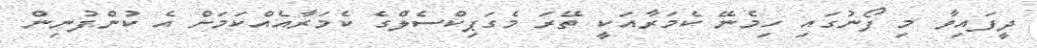
ދީފައިވާ މި ފޯނުގައި ހިމެނޭ ކެމަރާއަކީ ތޭރަ މެގަޕިކްސެލްގެ ކެމަރާއެއްކަމަށް އެ ކުންފުނިން